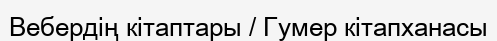
Вебердің кітаптары / Гумер кітапханасы